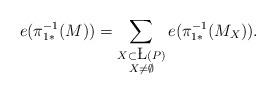
LaTeX: \begin{align*}e(\pi_{1*}^{-1}(M))=\sum_{\substack{X\subset\L(P)\\X\neq\emptyset}}e(\pi_{1*}^{-1}(M_X)). \end{align*}